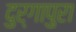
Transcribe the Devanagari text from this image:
दुर्गापुरा